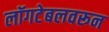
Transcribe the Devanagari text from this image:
लॉगटेबलवरून